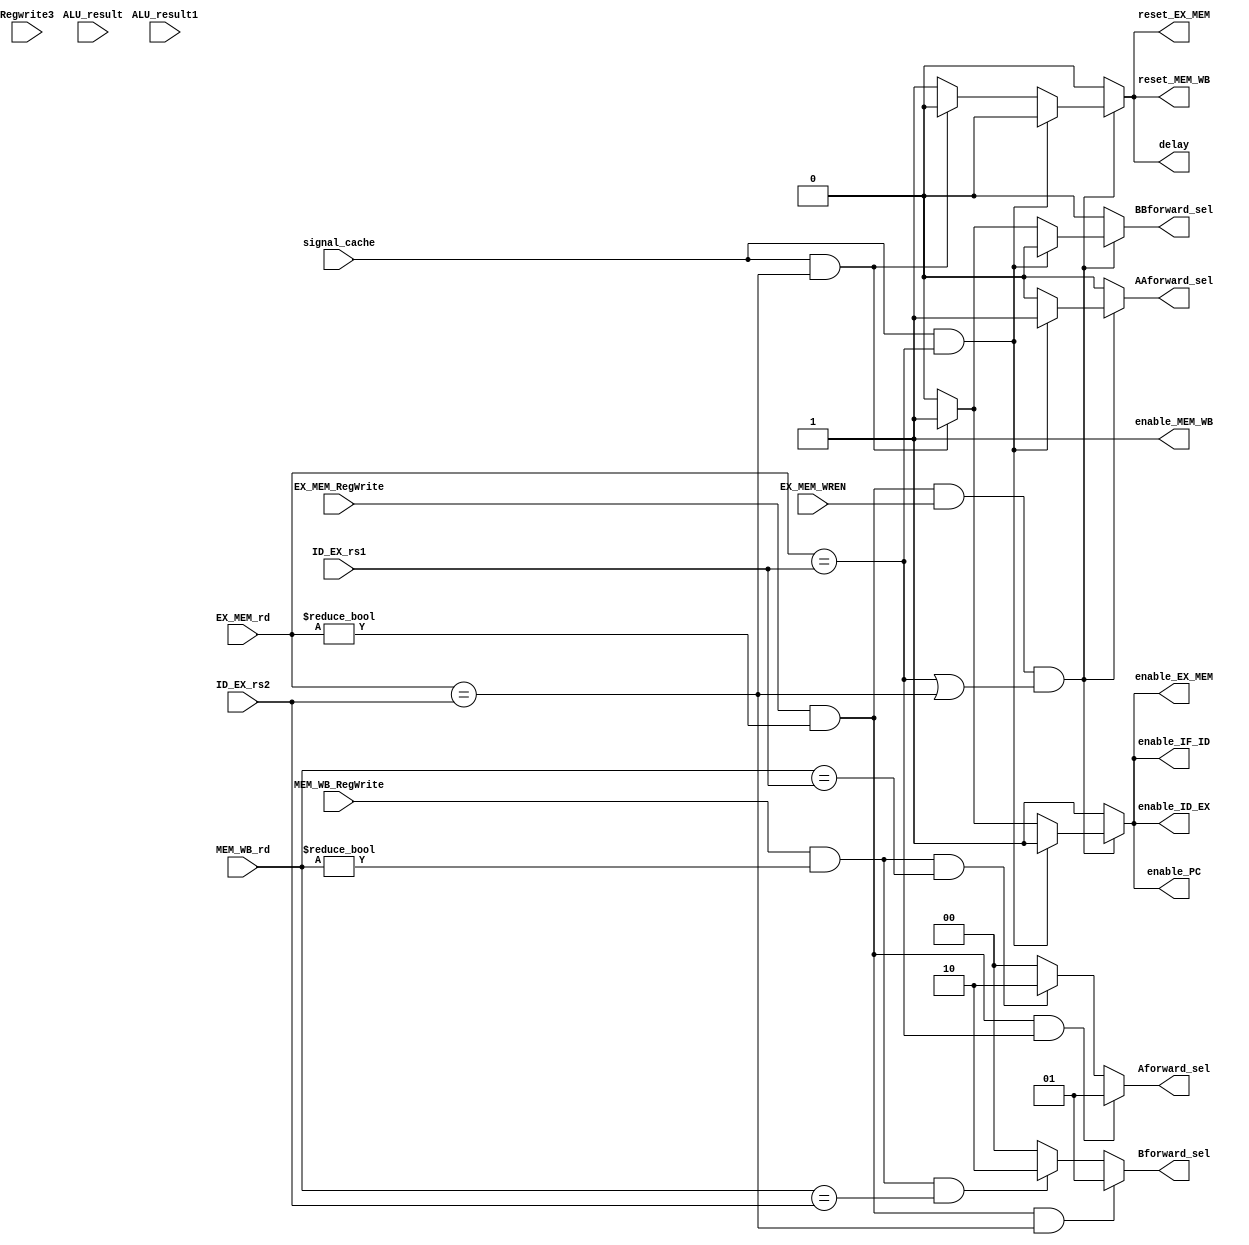
module forwarding(EX_MEM_RegWrite, MEM_WB_RegWrite,Regwrite3 ,     
	EX_MEM_rd, MEM_WB_rd,                       
	ID_EX_rs1, ID_EX_rs2,ALU_result,ALU_result1,signal_cache,
         Aforward_sel, Bforward_sel,AAforward_sel, BBforward_sel,
	EX_MEM_WREN,  
	enable_PC,enable_IF_ID,enable_ID_EX,enable_EX_MEM,enable_MEM_WB,
	reset_EX_MEM,reset_MEM_WB,
        delay);
//----------------------------------------------------------------------------//
       input [4:0] EX_MEM_rd,MEM_WB_rd;
       
       input [4:0] ID_EX_rs1,ID_EX_rs2;
       
       input EX_MEM_RegWrite,MEM_WB_RegWrite,EX_MEM_WREN,Regwrite3,signal_cache;
     
       input [31:0] ALU_result,ALU_result1;
   
       output reg [1:0] Aforward_sel,Bforward_sel;
       output reg AAforward_sel, BBforward_sel;
       
       output reg enable_PC,enable_IF_ID, enable_ID_EX, enable_EX_MEM, enable_MEM_WB;
       
       output reg reset_EX_MEM,reset_MEM_WB;
   
       output reg delay;
//----------------------------------------------------------------------------//
       // 00: NoFoward
       // 01: From WB
       // 10: From MEM
//-----------------------------------------------------------------------------//
       initial begin
	       enable_IF_ID = 1'b1;
	       enable_ID_EX = 1'b1;
	       enable_EX_MEM= 1'b1;
	       enable_MEM_WB= 1'b1;
	       enable_PC =1'b1;
	       reset_EX_MEM = 1'b0;
           reset_MEM_WB = 1'b0;
	      
		   Aforward_sel = 2'b00;
           Bforward_sel = 2'b00;
       end
//-----------------------------------------------------------------------------//
//--------------------------- A forwarding -----------------------------------//
       always@(*) 
			begin
               Aforward_sel = 2'b00;
              //FORWARD A from MEM 
				if((EX_MEM_RegWrite == 1'b1) && (EX_MEM_rd != 5'b0) && (EX_MEM_rd == ID_EX_rs1)) 
                    begin
						Aforward_sel = 2'b01;
                    end
				//FORWARD A from WB	      
				else if((MEM_WB_RegWrite == 1'b1) && (MEM_WB_rd != 5'b0) && (MEM_WB_rd == ID_EX_rs1))
                    begin
						Aforward_sel = 2'b10;
					end
            end
//--------------------------- B forwarding ------------------------------------//
       always@(*)
			begin
               Bforward_sel = 2'b00;
				//FORWARD B from MEM
				if((EX_MEM_RegWrite == 1'b1) && (EX_MEM_rd != 5'b0) && (EX_MEM_rd == ID_EX_rs2)) 
					begin
						Bforward_sel = 2'b01;
					end
				//FORWARD B from WB
				else if((MEM_WB_RegWrite == 1'b1)&& (MEM_WB_rd != 5'b0) && (MEM_WB_rd == ID_EX_rs2))
					begin
						Bforward_sel = 2'b10;
                    end
            end

 //---------------------------------- DETECT LOAD --------------------------------------//
     always@(*) 
		begin
            enable_IF_ID = 1'b1;
            enable_ID_EX = 1'b1;
            enable_EX_MEM= 1'b1;
            enable_MEM_WB= 1'b1;
             enable_PC =1'b1;
              delay =1'b0;AAforward_sel = 1'b0; BBforward_sel=1'b0;
			reset_EX_MEM = 1'b0;
			reset_MEM_WB = 1'b0;
               if((EX_MEM_RegWrite == 1'b1)&& (EX_MEM_rd != 5'b0)&& (EX_MEM_WREN  == 1'b1)&& ((EX_MEM_rd == ID_EX_rs1)|| (EX_MEM_rd == ID_EX_rs2)))
              // if((MEM_WB_rd  == 1'b1)&&(Regwrite3  == 1'b1) && (EX_MEM_rd != 5'b0)&& (EX_MEM_WREN  == 1'b1)&& ((EX_MEM_rd == ID_EX_rs1)|| (EX_MEM_rd == ID_EX_rs2))) 
	                begin
                       if ((signal_cache ==1 )   && (EX_MEM_rd == ID_EX_rs1)) AAforward_sel <= 1'b1;
                        else if ((signal_cache ==1 )&& (EX_MEM_rd == ID_EX_rs2)) BBforward_sel <= 1'b1;
                        else
                        begin   
                        enable_EX_MEM= 1'b0; enable_IF_ID = 1'b0;
                    enable_ID_EX = 1'b0;enable_PC =1'b0;
                       reset_EX_MEM = 1'b1; delay =1'b1;reset_MEM_WB = 1'b1;
                    end
end
              /* if(({signal_branch,miss} == 2'b01) || ({signal_branch,miss} == 2'b11) ||((EX_MEM_RegWrite == 1'b1) && (EX_MEM_rd != 5'b0)&& (EX_MEM_MemRead == 1'b1)&& ((EX_MEM_rd == ID_EX_rs1)|| (EX_MEM_rd == ID_EX_rs2)))) begin
                       enable_IF_ID = 1'b0;
                       enable_ID_EX = 1'b0;
               end*/
                end

			/*if((Regwrite3 == 1'b1) && (MEM_WB_rd != 5'b0) && (EX_MEM_WREN == 1'b1) 
				&& (ALU_result ==ALU_result1 ) )
				begin
                    enable_IF_ID = 1'b0;
                    enable_ID_EX = 1'b0;
                    enable_EX_MEM= 1'b0;
                     enable_PC =1'b0;
                  
					reset_EX_MEM = 1'b1;
                             delay =1'b1;
            
                end
		end*/
endmodule
module tea_fr;
reg [4:0] EX_MEM_rd,MEM_WB_rd;
       
       reg[4:0] ID_EX_rs1,ID_EX_rs2;
       
     reg EX_MEM_RegWrite,MEM_WB_RegWrite,EX_MEM_WREN;

       wire [1:0] Aforward_sel,Bforward_sel;
       
       wire  enable_PC,enable_IF_ID, enable_ID_EX, enable_EX_MEM, enable_MEM_WB;
       
     wire  reset_EX_MEM,reset_MEM_WB;


 forwarding a4(EX_MEM_RegWrite, MEM_WB_RegWrite,            
	EX_MEM_rd, MEM_WB_rd,                       
	ID_EX_rs1, ID_EX_rs2,
         Aforward_sel, Bforward_sel,
	EX_MEM_WREN,  
	enable_PC,enable_IF_ID,enable_ID_EX,enable_EX_MEM,enable_MEM_WB,
	reset_EX_MEM,reset_MEM_WB);
//----------------------------------------------------------------------------//

initial begin 
#10  EX_MEM_rd =1;MEM_WB_rd=2;
       
    ID_EX_rs1=1;ID_EX_rs2=3;
       
 EX_MEM_RegWrite=1;MEM_WB_RegWrite=1;EX_MEM_WREN=0;

    end   


   endmodule